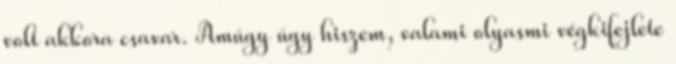
volt akkora csavar. Amúgy úgy hiszem, valami olyasmi végkifejlete